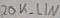
Text: 20K_LIN